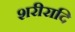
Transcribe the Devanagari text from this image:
शरीरादि